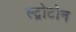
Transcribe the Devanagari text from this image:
स्ट्रोटोन